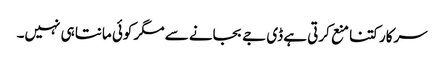
سرکار کتنا منع کرتی ہے ڈی جے بجانے سے مگر کوئی مانتا ہی نہیں۔